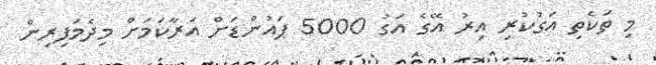
މި ތަކެތި އަގުކުރި އިރު އޭގެ އަގު 5000 ޕައުންޑަށް އަރާކަމަށް މިދެމަފިރިން